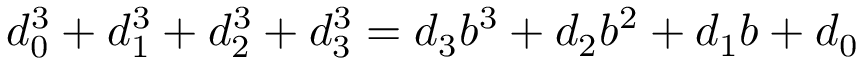
d _ { 0 } ^ { 3 } + d _ { 1 } ^ { 3 } + d _ { 2 } ^ { 3 } + d _ { 3 } ^ { 3 } = d _ { 3 } b ^ { 3 } + d _ { 2 } b ^ { 2 } + d _ { 1 } b + d _ { 0 }